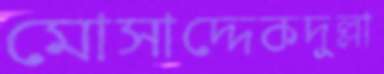
মোসাদ্দেকদুল্লা